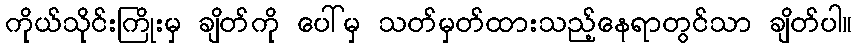
ကိုယ်သိုင်းကြိုးမှ ချိတ်ကို ပေါ်မှ သတ်မှတ်ထားသည့်နေရာတွင်သာ ချိတ်ပါ။